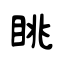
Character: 眺